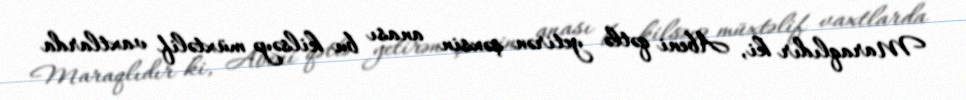
Maraqlıdır ki, Abeni qətlə yetirən şəxsin anası bu kilsəyə müxtəlif vaxtlarda